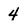
Character: 4